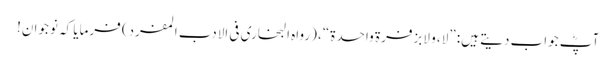
آپؓ جواب دیتے ہیں: ”لا، و لابزفرۃ واحدۃ“، (رواہ البخاری فی الادب المفرد) فرمایا کہ نوجوان!